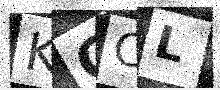
Text: KCCL